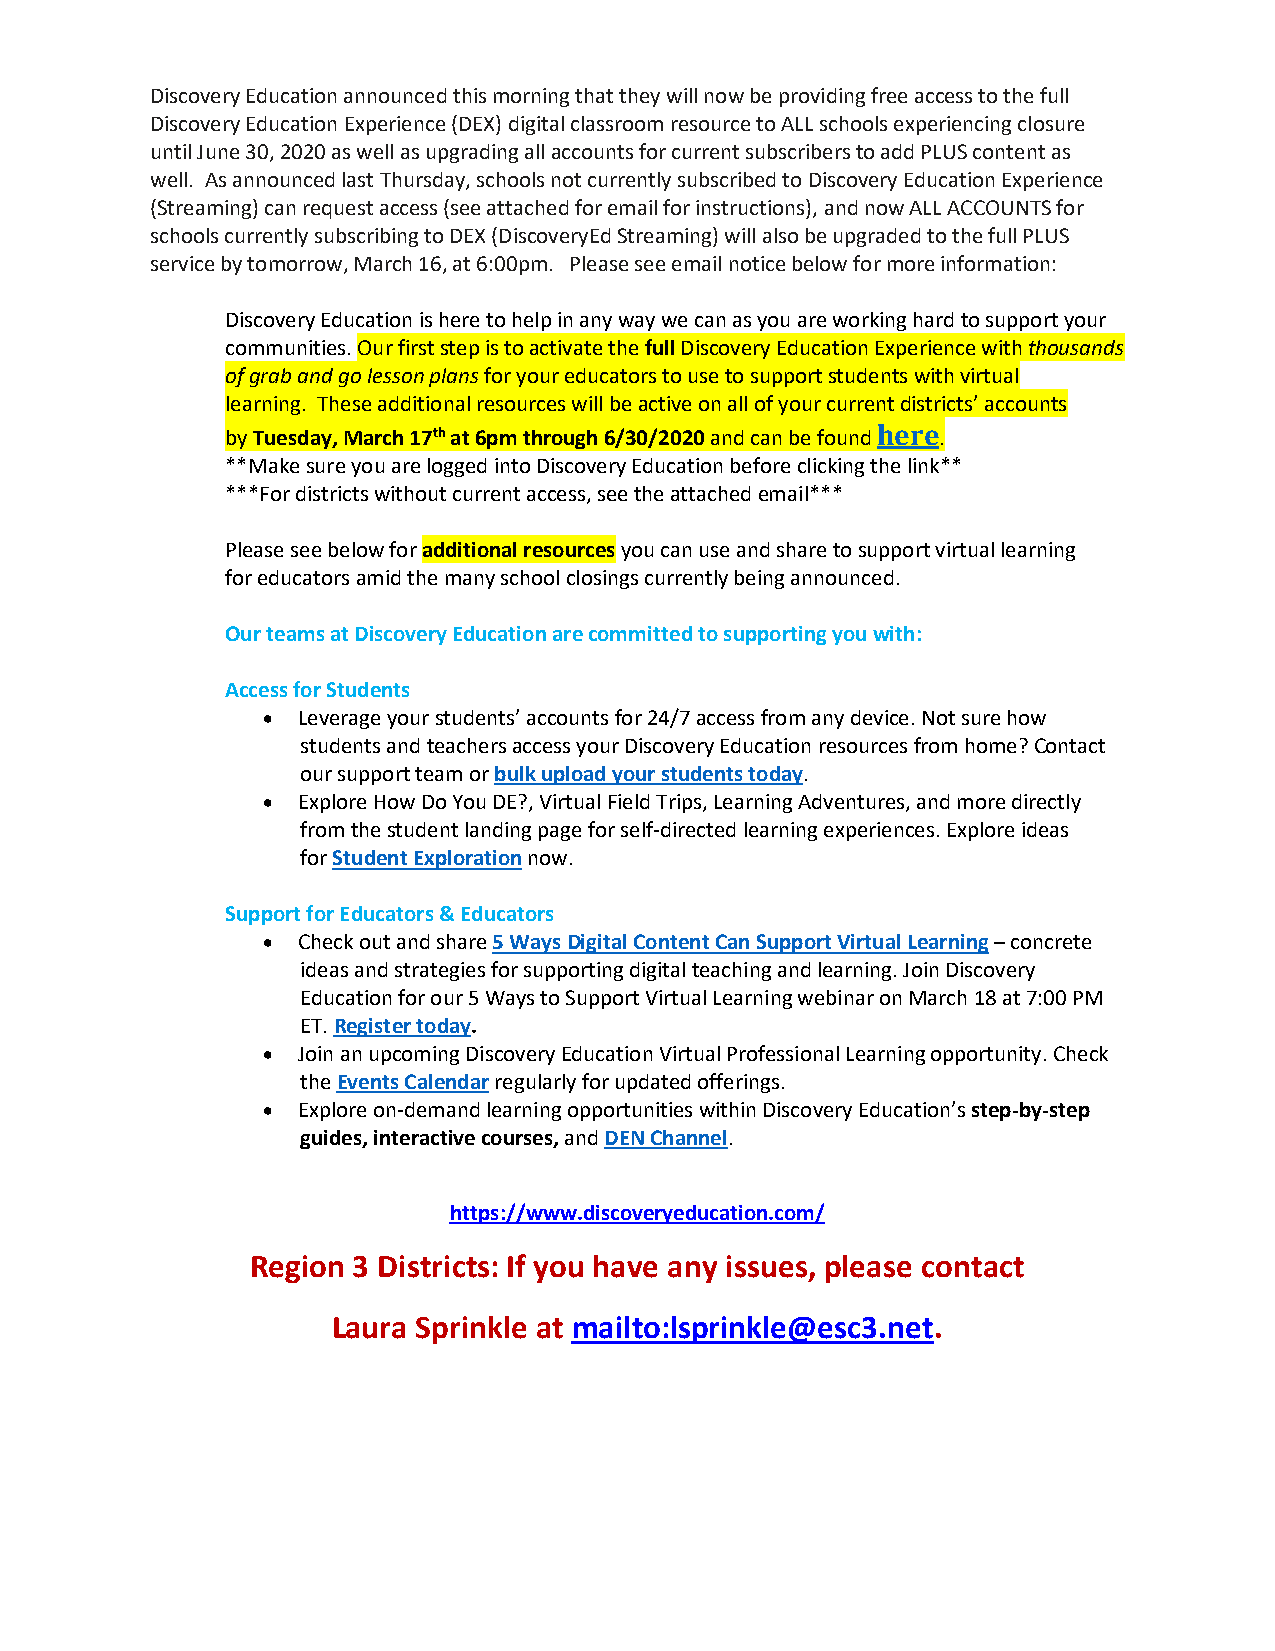
Discovery Education announced this morning that they will now be providing free access to the full
 Discovery Education Experience (DEX) digital classroom resource to ALL schools experiencing closure
 until June 30, 2020 as well as upgrading all accounts for current subscribers to add PLUS content as
 well. As announced last Thursday, schools not currently subscribed to Discovery Education Experience
 (Streaming) can request access (see attached for email for instructions), and now ALL ACCOUNTS for
 schools currently subscribing to DEX (DiscoveryEd Streaming) will also be upgraded to the full PLUS
 service by tomorrow, March 16, at 6:00pm. Please see email notice below for more information:
 Discovery Education is here to help in any way we can as you are working hard to support your
 communities. Our first step is to activate the full Discovery Education Experience with thousands
 of grab and go lesson plans for your educators to use to support students with virtual
 learning. These additional resources will be active on all of your current districts’ accounts
 by Tuesday, March 17th at 6pm through 6/30/2020 and can be found here.
 **Make sure you are logged into Discovery Education before clicking the link**
 ***For districts without current access, see the attached email***
 Please see below for additional resources you can use and share to support virtual learning
 for educators amid the many school closings currently being announced.
 Our teams at Discovery Education are committed to supporting you with:
 Access for Students
 •  Leverage your students’ accounts for 24/7 access from any device. Not sure how
 students and teachers access your Discovery Education resources from home? Contact
 our support team or bulk upload your students today.
 •  Explore How Do You DE?, Virtual Field Trips, Learning Adventures, and more directly
 from the student landing page for self-directed learning experiences. Explore ideas
 for Student Exploration now.
 Support for Educators & Educators
 •  Check out and share 5 Ways Digital Content Can Support Virtual Learning – concrete
 ideas and strategies for supporting digital teaching and learning. Join Discovery
 Education for our 5 Ways to Support Virtual Learning webinar on March 18 at 7:00 PM
 ET. Register today.
 •  Join an upcoming Discovery Education Virtual Professional Learning opportunity. Check
 the Events Calendar regularly for updated offerings.
 •  Explore on-demand learning opportunities within Discovery Education’s step-by-step
 guides, interactive courses, and DEN Channel.
 https://www.discoveryeducation.com/
 Region 3 Districts: If you have any issues, please contact
 Laura Sprinkle at mailto:lsprinkle@esc3.net.